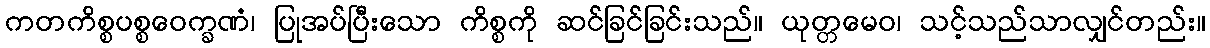
ကတကိစ္စပစ္စဝေက္ခဏံ၊ ပြုအပ်ပြီးသော ကိစ္စကို ဆင်ခြင်ခြင်းသည်။ ယုတ္တမေဝ၊ သင့်သည်သာလျှင်တည်း။